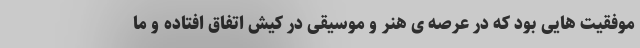
موفقیت هایی بود که در عرصه ی هنر و موسیقی در کیش اتفاق افتاده و ما